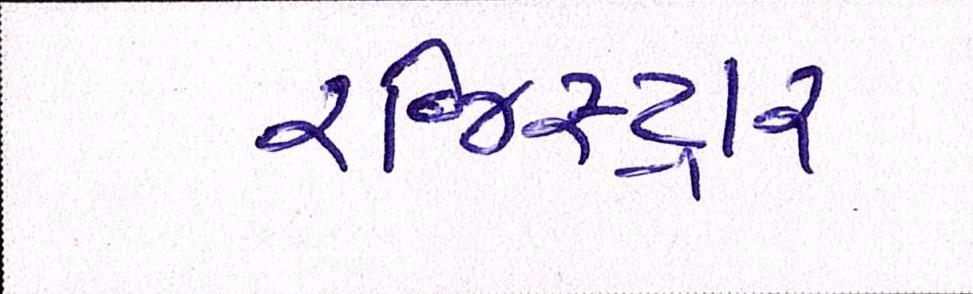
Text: રજિસ્ટ્રાર